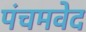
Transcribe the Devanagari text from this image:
पंचमवेद